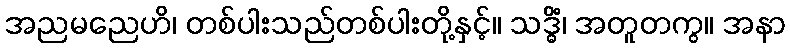
အညမညေဟိ၊ တစ်ပါးသည်တစ်ပါးတို့နှင့်။ သဒ္ဓိံ၊ အတူတကွ။ အနာ